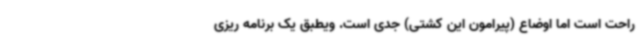
راحت است اما اوضاع (پیرامون این کشتی) جدی است. ویطبق یک برنامه ریزی